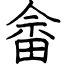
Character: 畲